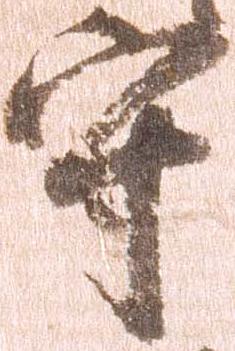
守